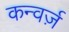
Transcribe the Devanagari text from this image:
कन्वर्ज़